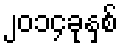
၂၀၁၄ခုနှစ်